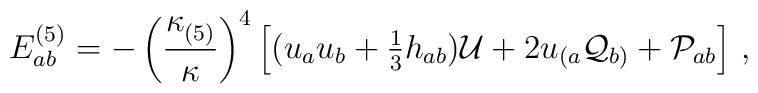
E^{(5)}_{ab} = -\left(\frac{\kappa^{}_{(5)}}{\kappa}\right)^4\left[ (u_au_b+\textstyle{1\over3}h_{ab}){\cal U} +2u_{(a}{\cal Q}_{b)}+{\cal P}_{ab}\right]\,,